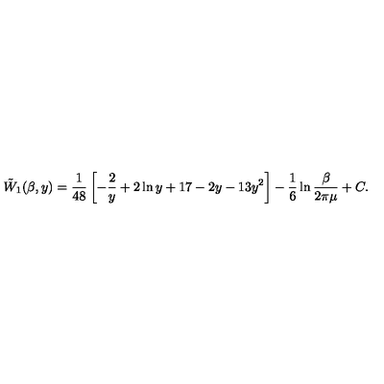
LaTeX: \tilde { W } _ { 1 } ( \beta , y ) = { \frac { 1 } { 4 8 } } \left[ - \frac 2 y + 2 \ln y + 1 7 - 2 y - 1 3 y ^ { 2 } \right] - \frac 1 6 \ln { \frac { \beta } { 2 \pi \mu } } + C .